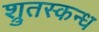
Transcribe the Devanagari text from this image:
श्रुतस्कन्ध